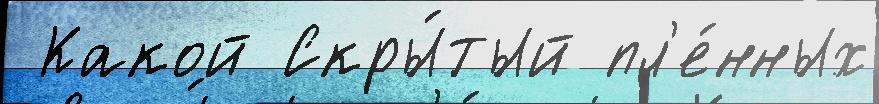
 Какой Скры́тый пл'е́нных